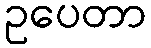
ဥပေတာ